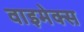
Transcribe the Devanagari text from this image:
वाइमेक्स